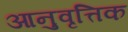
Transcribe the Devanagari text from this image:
आनुवृत्तिक